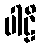
ပါဠိ